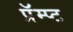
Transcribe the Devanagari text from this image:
प्रॅम्प्ट